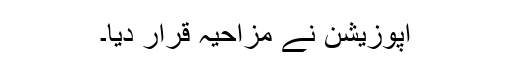
اپوزیشن نے مزاحیہ قرار دیا۔